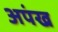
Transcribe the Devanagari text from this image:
अपंख